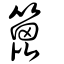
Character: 篦